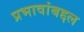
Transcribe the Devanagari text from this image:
प्रभावांबद्दल